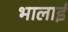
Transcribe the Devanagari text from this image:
भालाई